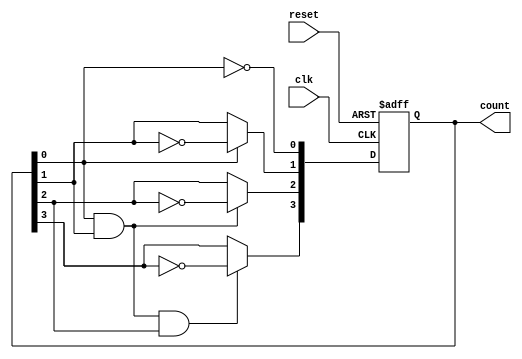
module async_ripple_counter (
    input wire clk,          // Clock input
    input wire reset,        // Asynchronous reset input
    output reg [3:0] count   // 4-bit output count
);

// Always block for the counter
always @(posedge clk or posedge reset) begin
    if (reset) begin
        count <= 4'b0000;   // Reset the count to 0
    end else begin
        count[0] <= ~count[0]; // Toggle LSB
        count[1] <= count[0] ? ~count[1] : count[1]; // Toggle next bit on LSB falling edge
        count[2] <= (count[0] & count[1]) ? ~count[2] : count[2]; // Toggle next bit on second bit falling edge
        count[3] <= (count[0] & count[1] & count[2]) ? ~count[3] : count[3]; // Toggle MSB on third bit falling edge
    end
end

endmodule